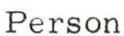
Person